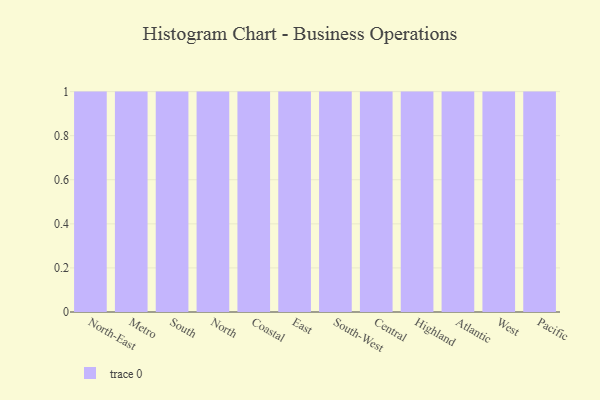
{"axis": {"x": "Region", "y": "Temperature (°C)"}, "legend": [""], "data": [{"x": "North-East", "y": 87, "type": ""}, {"x": "Metro", "y": 1, "type": ""}, {"x": "South", "y": 3, "type": ""}, {"x": "North", "y": 92, "type": ""}, {"x": "Coastal", "y": 65, "type": ""}, {"x": "East", "y": 23, "type": ""}, {"x": "South-West", "y": 28, "type": ""}, {"x": "Central", "y": 45, "type": ""}, {"x": "Highland", "y": 36, "type": ""}, {"x": "Atlantic", "y": 95, "type": ""}, {"x": "West", "y": 18, "type": ""}, {"x": "Pacific", "y": 1, "type": ""}]}